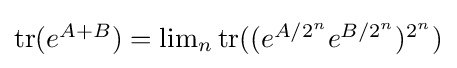
{\textstyle \operatorname {tr} (e^{A+B})=\lim _{n}\operatorname {tr} ((e^{A/2^{n}}e^{B/2^{n}})^{2^{n}})}